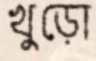
খুড়ো